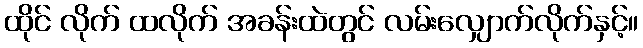
ထိုင် လိုက် ထလိုက် အခန်းထဲတွင် လမ်းလျှောက်လိုက်နှင့်။